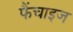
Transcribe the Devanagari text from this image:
फैंचाइज